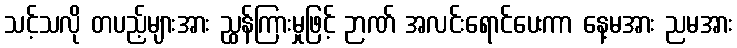
သင့်သလို တပည့်များအား ညွှန်ကြားမှုဖြင့် ဉာဏ် အလင်းရောင်ပေးကာ နေ့မအား ညမအား